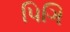
પિગિ